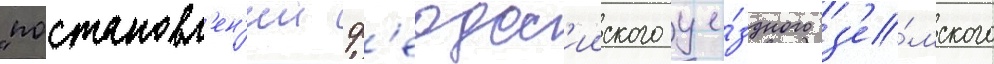
"постановл'ен'ии ф'еодос'ииского уе́здного з'е́мского